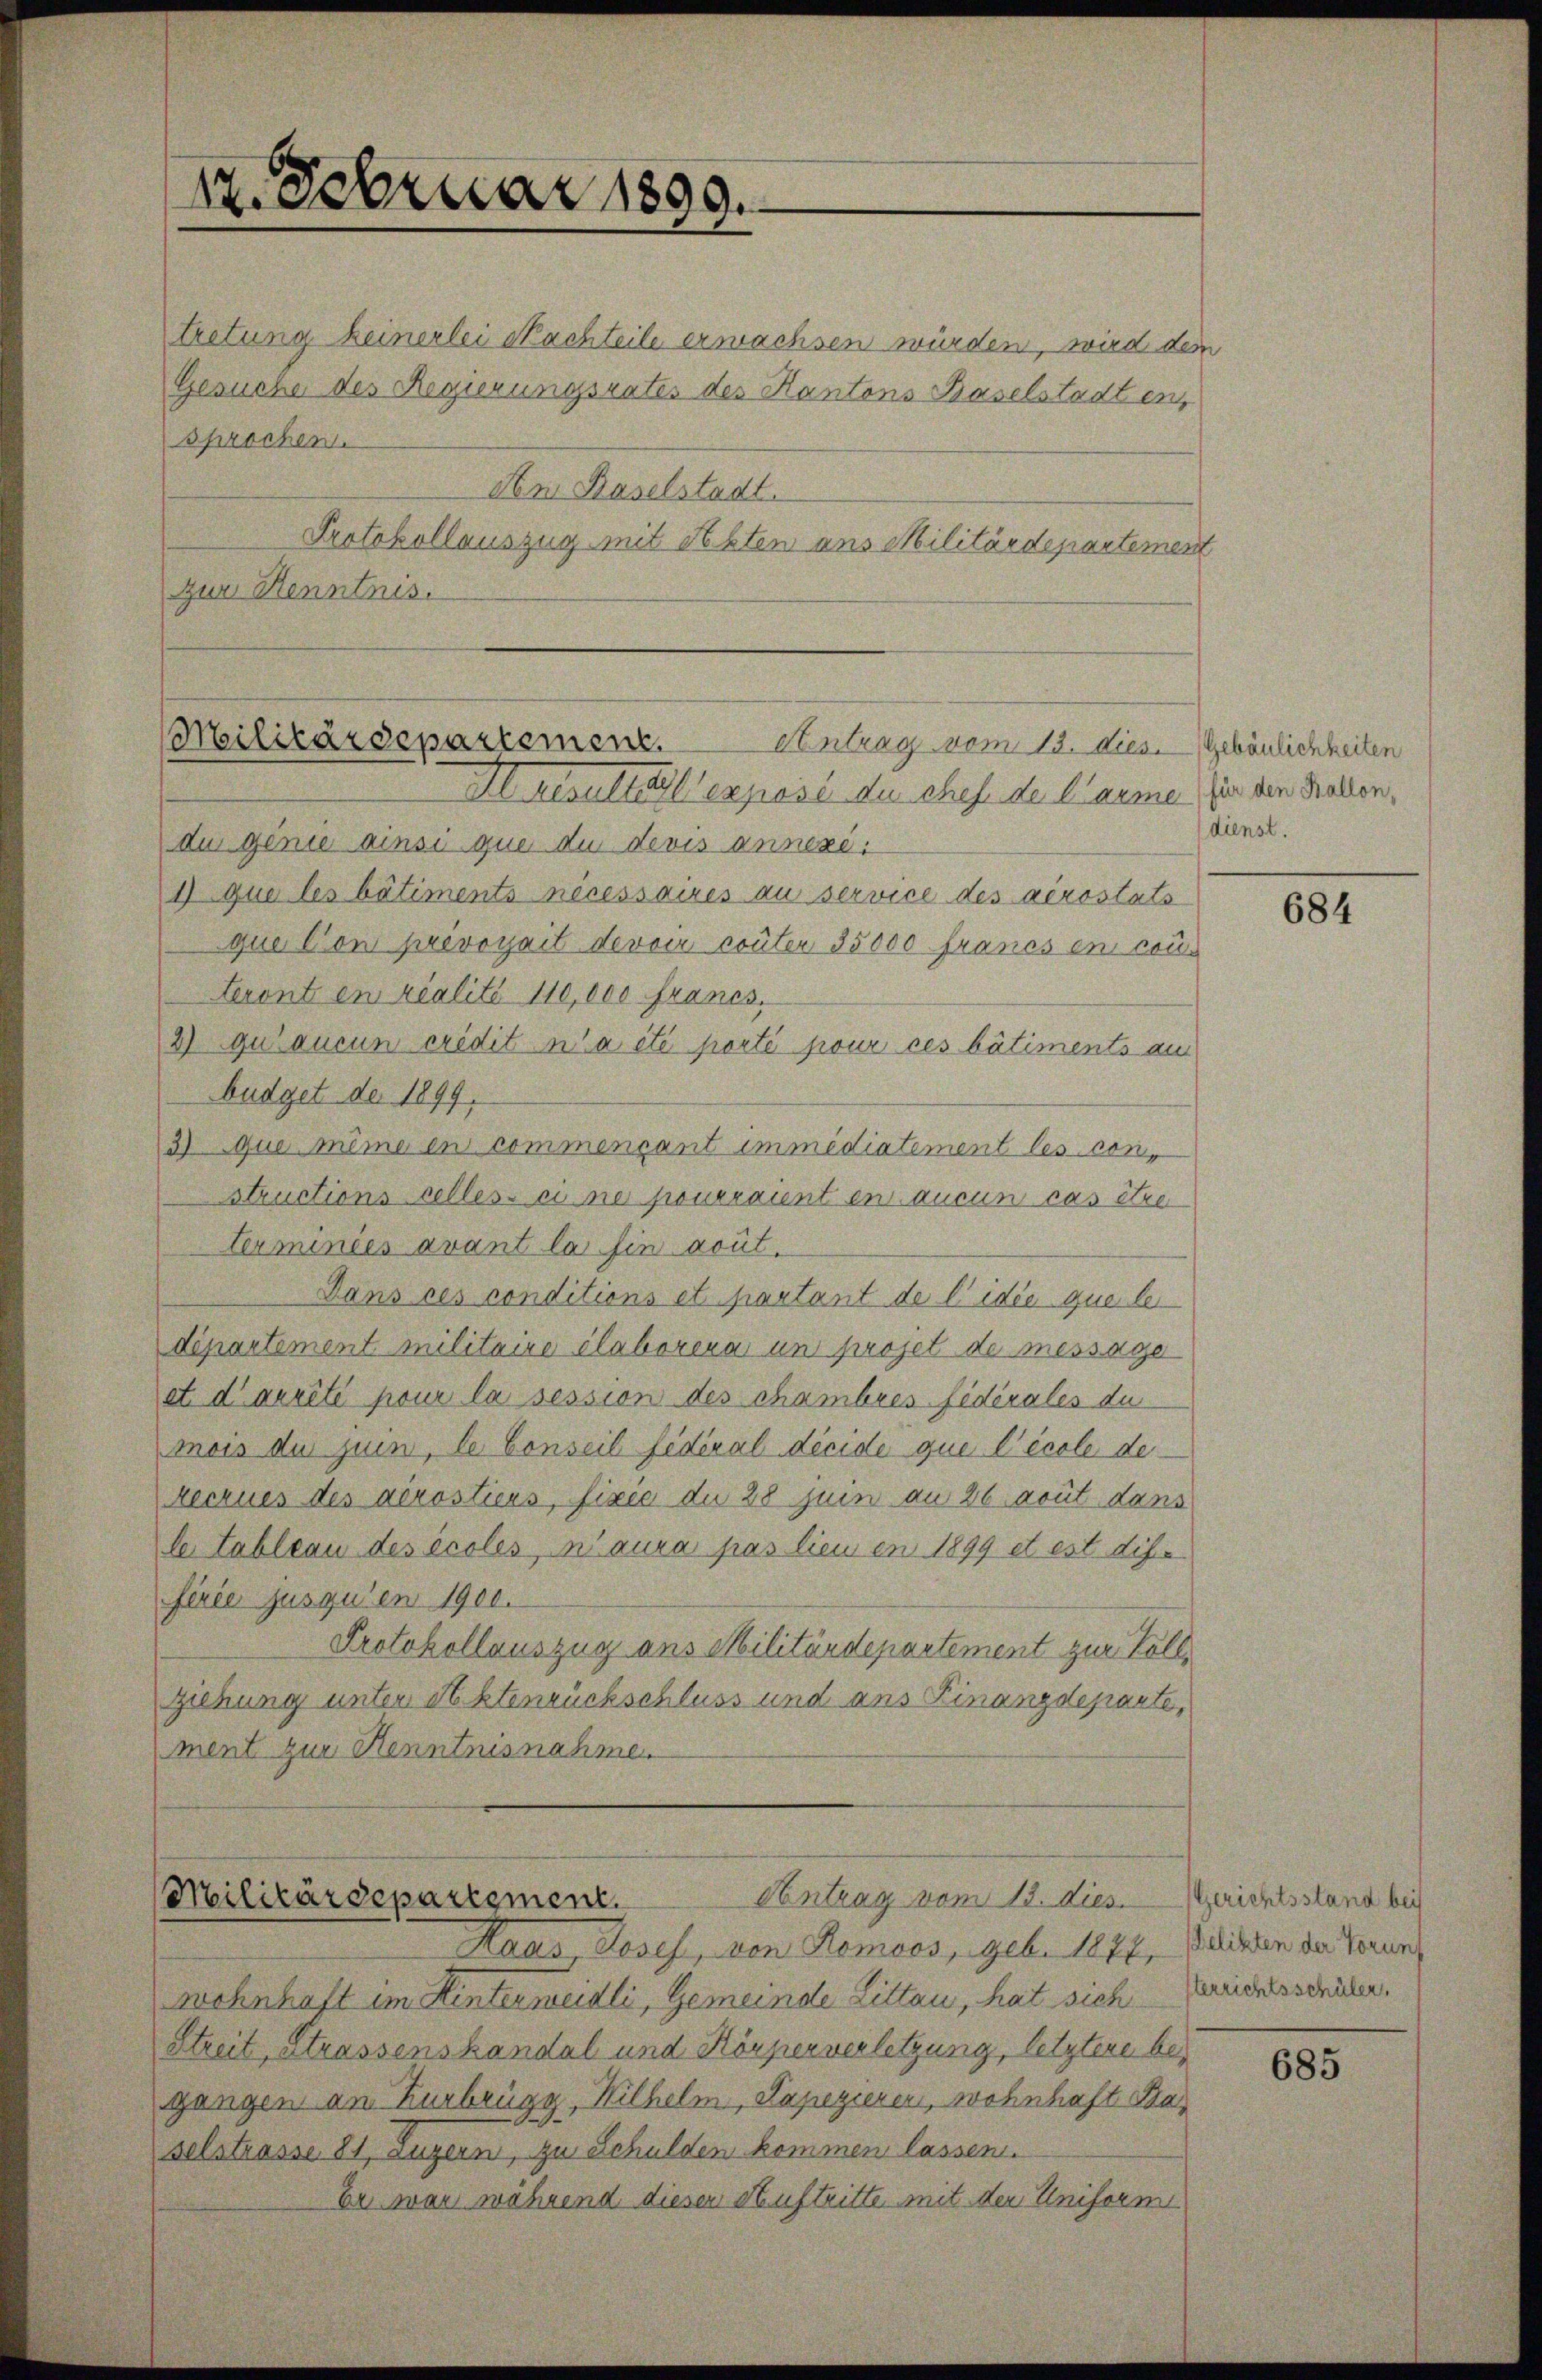
12. Februar 1899.

tretung keinerlei Nachteile erwachsen würden, wird dem
Gesuche des Regierungsrates des Kantons Baselstadt en
sprochen.
An Baselstadt.
Protokollauszug mit Akten aus Militärdepartement
zur Kenntnis.

Militärdepartement.
Antrag vom 13. dies. Gebäulichkeiten

Al resultat exposé du chef der Carme für den Fallen,
du genie ainsi que du devis annexi
1) que les bâtiments nécessaires au service des virostats
que Cons prevoyait devoir conter 35000 francs en con
Seront en realité 110,000 francs.
3 qui ducun crédit n’a été porté pour ces bâtiments au
büdget der 1899.
3) que même en commençant immédiatement les constructions celles-ci ne pourrannt en aucun cas être
Termindes avant la hin gout.
Dans ces conditions et partant de l’idée que lei
departement militaire élaborena und projet de message
et d’arrêté pour la session des chambres fédérales du
mois du juin, le Conseil fédéral décide que l’école deecrues des dérostiers, fixie du 28 Juin an 26 gout dans
le Tableau des écoles, n’aura pas lieu en 1899 et est dif-
ferie jusqu’en 1900.
Protokollauszug ans Militärdepartement zur Vollziehung unter Aktenrückschluss und ans Finanzdeparte,
ment zur Kenntnisnahme

Antrag vom 13. dies
Militärdepartement.
Haas, Josef, von Romoos, geb. 1874.

wohnhaft im Hintermeidli, Gemeinde Litten, hat sich - reichtsschüler,
Streit, strassenskandal und Körperverletzung, letztere begangen am Kurbrügg, Wilhelm, Kapezieren, wohnhaft Baselstrasse 81, Luzern, zu Schulden kommen lassen.
Er war während dieser Auftritte mit der Uniforme

dienst.

684

Gerichtsstand bei
elikten der Vorunt

685